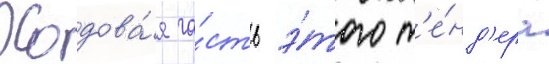
Ходова́я ча́сть э́того т'е́нд'ера